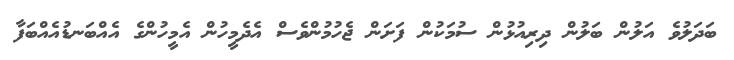
ބަދަލުވެ އަލުން ބަލުން ދިރިއުޅުން ސުމަކުން ފަށަން ޖެހުމުންވެސް އެދެމީހުން އެމީހުންގެ އެއްބަނޑުއެއްބަފާ